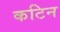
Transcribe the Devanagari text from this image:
कटिन